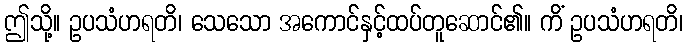
ဤသို့။ ဥပသံဟရတိ၊ သေသော အကောင်နှင့်ထပ်တူဆောင်၏။ ကိံ ဥပသံဟရတိ၊